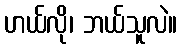
ဟယ်လို၊ ဘယ်သူလဲ။